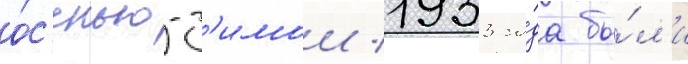
о́с'енью-з'имои 1933 го́да бы́л'и